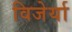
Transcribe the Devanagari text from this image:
विजेर्या